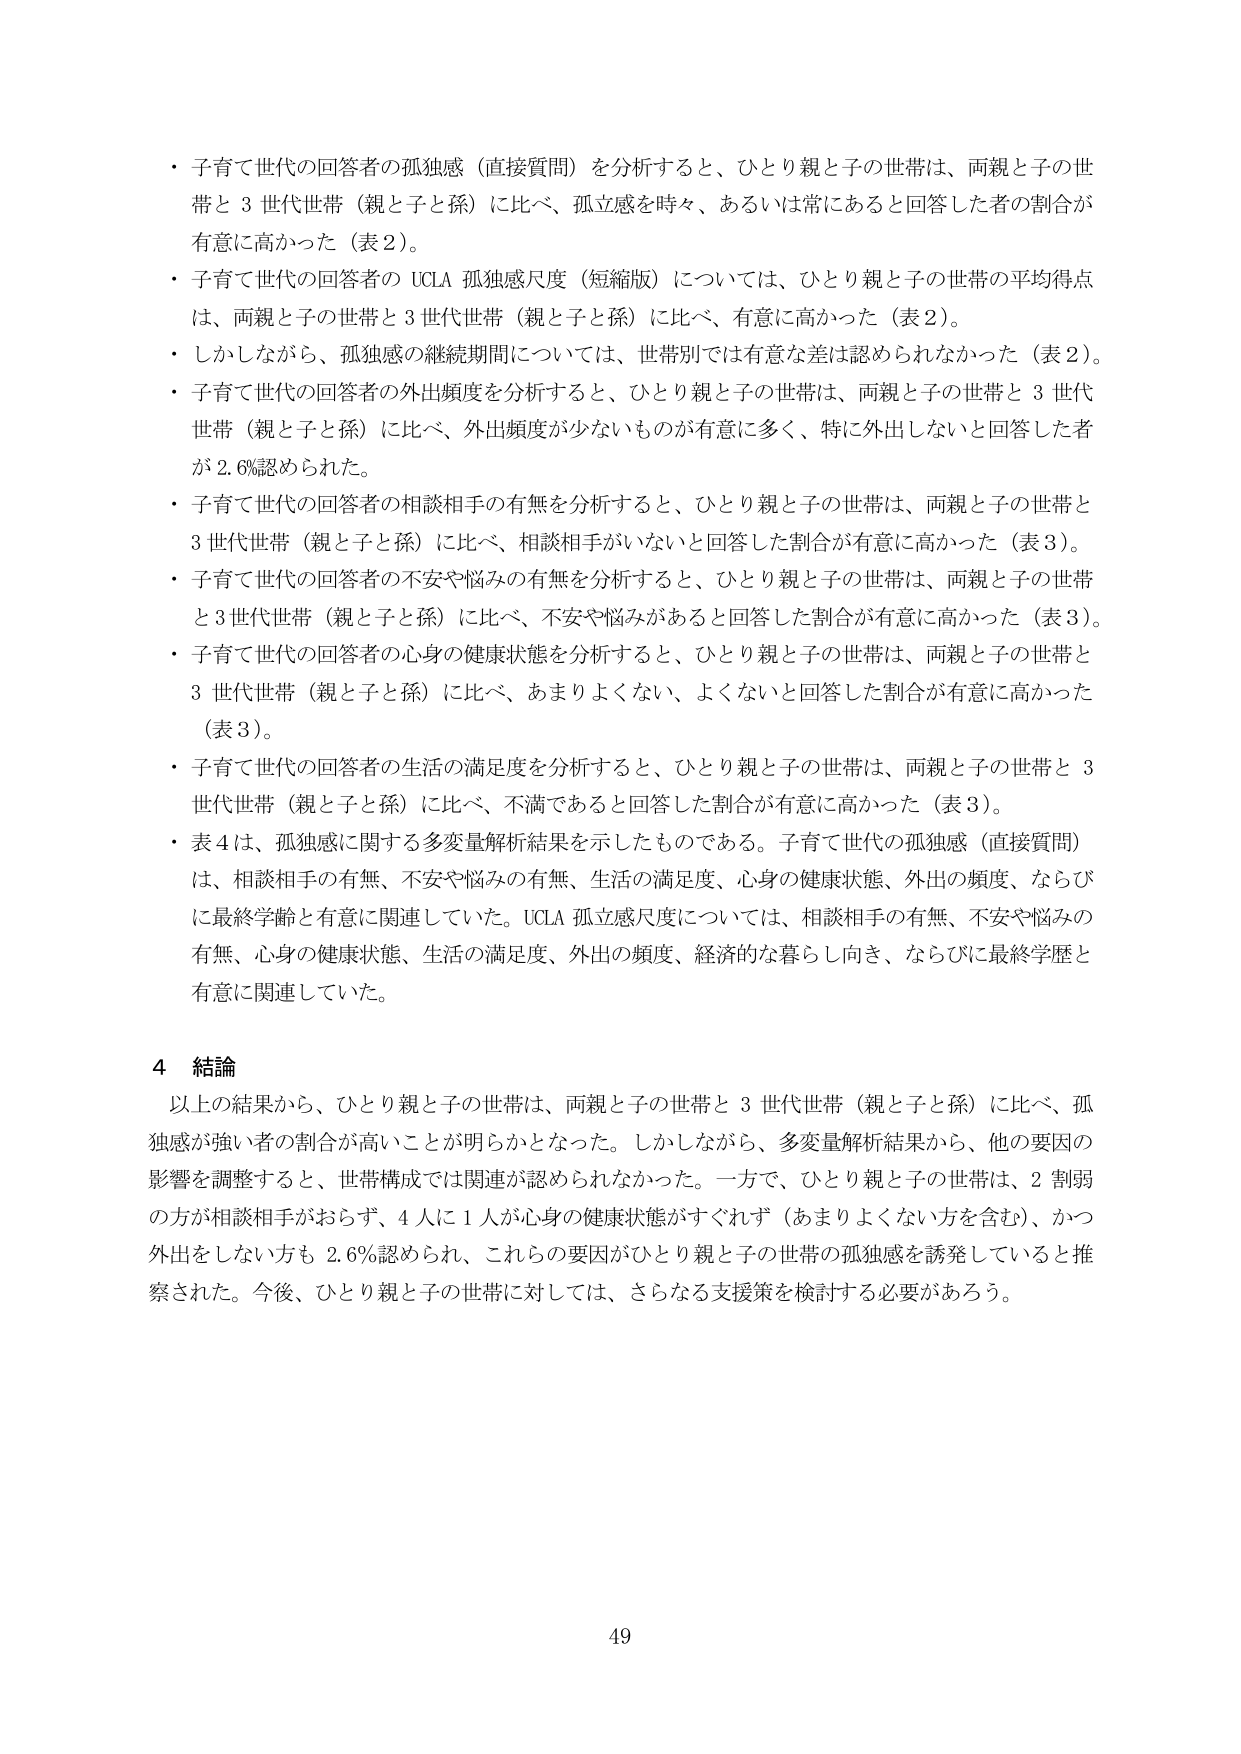
・子育て世代の回答者の孤独感（直接質問）を分析すると、ひとり親と子の世帯は、両親と子の世帯と3世代世帯（親と子と孫）に比べ、孤独感を時々、あるいは常にあると回答した者の割合が有意に高かった（表2）。

・子育て世代の回答者のUCLA孤独感尺度（短縮版）については、ひとり親と子の世帯の平均得点は、両親と子の世帯と3世代世帯（親と子と孫）に比べ、有意に高かった（表2）。

・しかしながら、孤独感の継続期間については、世帯別では有意な差は認められなかった（表2）。

・子育て世代の回答者の外出頻度を分析すると、ひとり親と子の世帯は、両親と子の世帯と3世代世帯（親と子と孫）に比べ、外出頻度が少ないものが有意に多く、特に外出しないと回答した者が2.6％認められた。

・子育て世代の回答者の相談相手の有無を分析すると、ひとり親と子の世帯は、両親と子の世帯と3世代世帯（親と子と孫）に比べ、相談相手がいないと回答した割合が有意に高かった（表3）。

・子育て世代の回答者の不安や悩みの有無を分析すると、ひとり親と子の世帯は、両親と子の世帯と3世代世帯（親と子と孫）に比べ、不安や悩みがあると回答した割合が有意に高かった（表3）。

・子育て世代の回答者の心身の健康状態を分析すると、ひとり親と子の世帯は、両親と子の世帯と3世代世帯（親と子と孫）に比べ、あまりよくない、よくないと回答した割合が有意に高かった（表3）。

・子育て世代の回答者の生活の満足度を分析すると、ひとり親と子の世帯は、両親と子の世帯と3世代世帯（親と子と孫）に比べ、不満であると回答した割合が有意に高かった（表3）。

・表4は、孤独感に関する多変量解析結果を示したものである。子育て世代の孤独感（直接質問）は、相談相手の有無、不安や悩みの有無、生活の満足度、心身の健康状態、外出の頻度、ならびに最終学齢と有意に関連していた。UCLA孤独感尺度については、相談相手の有無、不安や悩みの有無、心身の健康状態、生活の満足度、外出の頻度、経済的な暮らし向き、ならびに最終学歴と有意に関連していた。

4 結論

以上の結果から、ひとり親と子の世帯は、両親と子の世帯と3世代世帯（親と子と孫）に比べ、孤独感が強い者の割合が高いことが明らかとなった。しかしながら、多変量解析結果から、他の要因の影響を調整すると、世帯構成では関連が認められなかった。一方で、ひとり親と子の世帯は、2割弱の方が相談相手がおらず、4人に1人が心身の健康状態がすぐれず（あまりよくない方を含む）、かつ外出をしない方も2.6％認められ、これらの要因がひとり親と子の世帯の孤独感を誘発していると推察された。今後、ひとり親と子の世帯に対しては、さらなる支援策を検討する必要があろう。

49